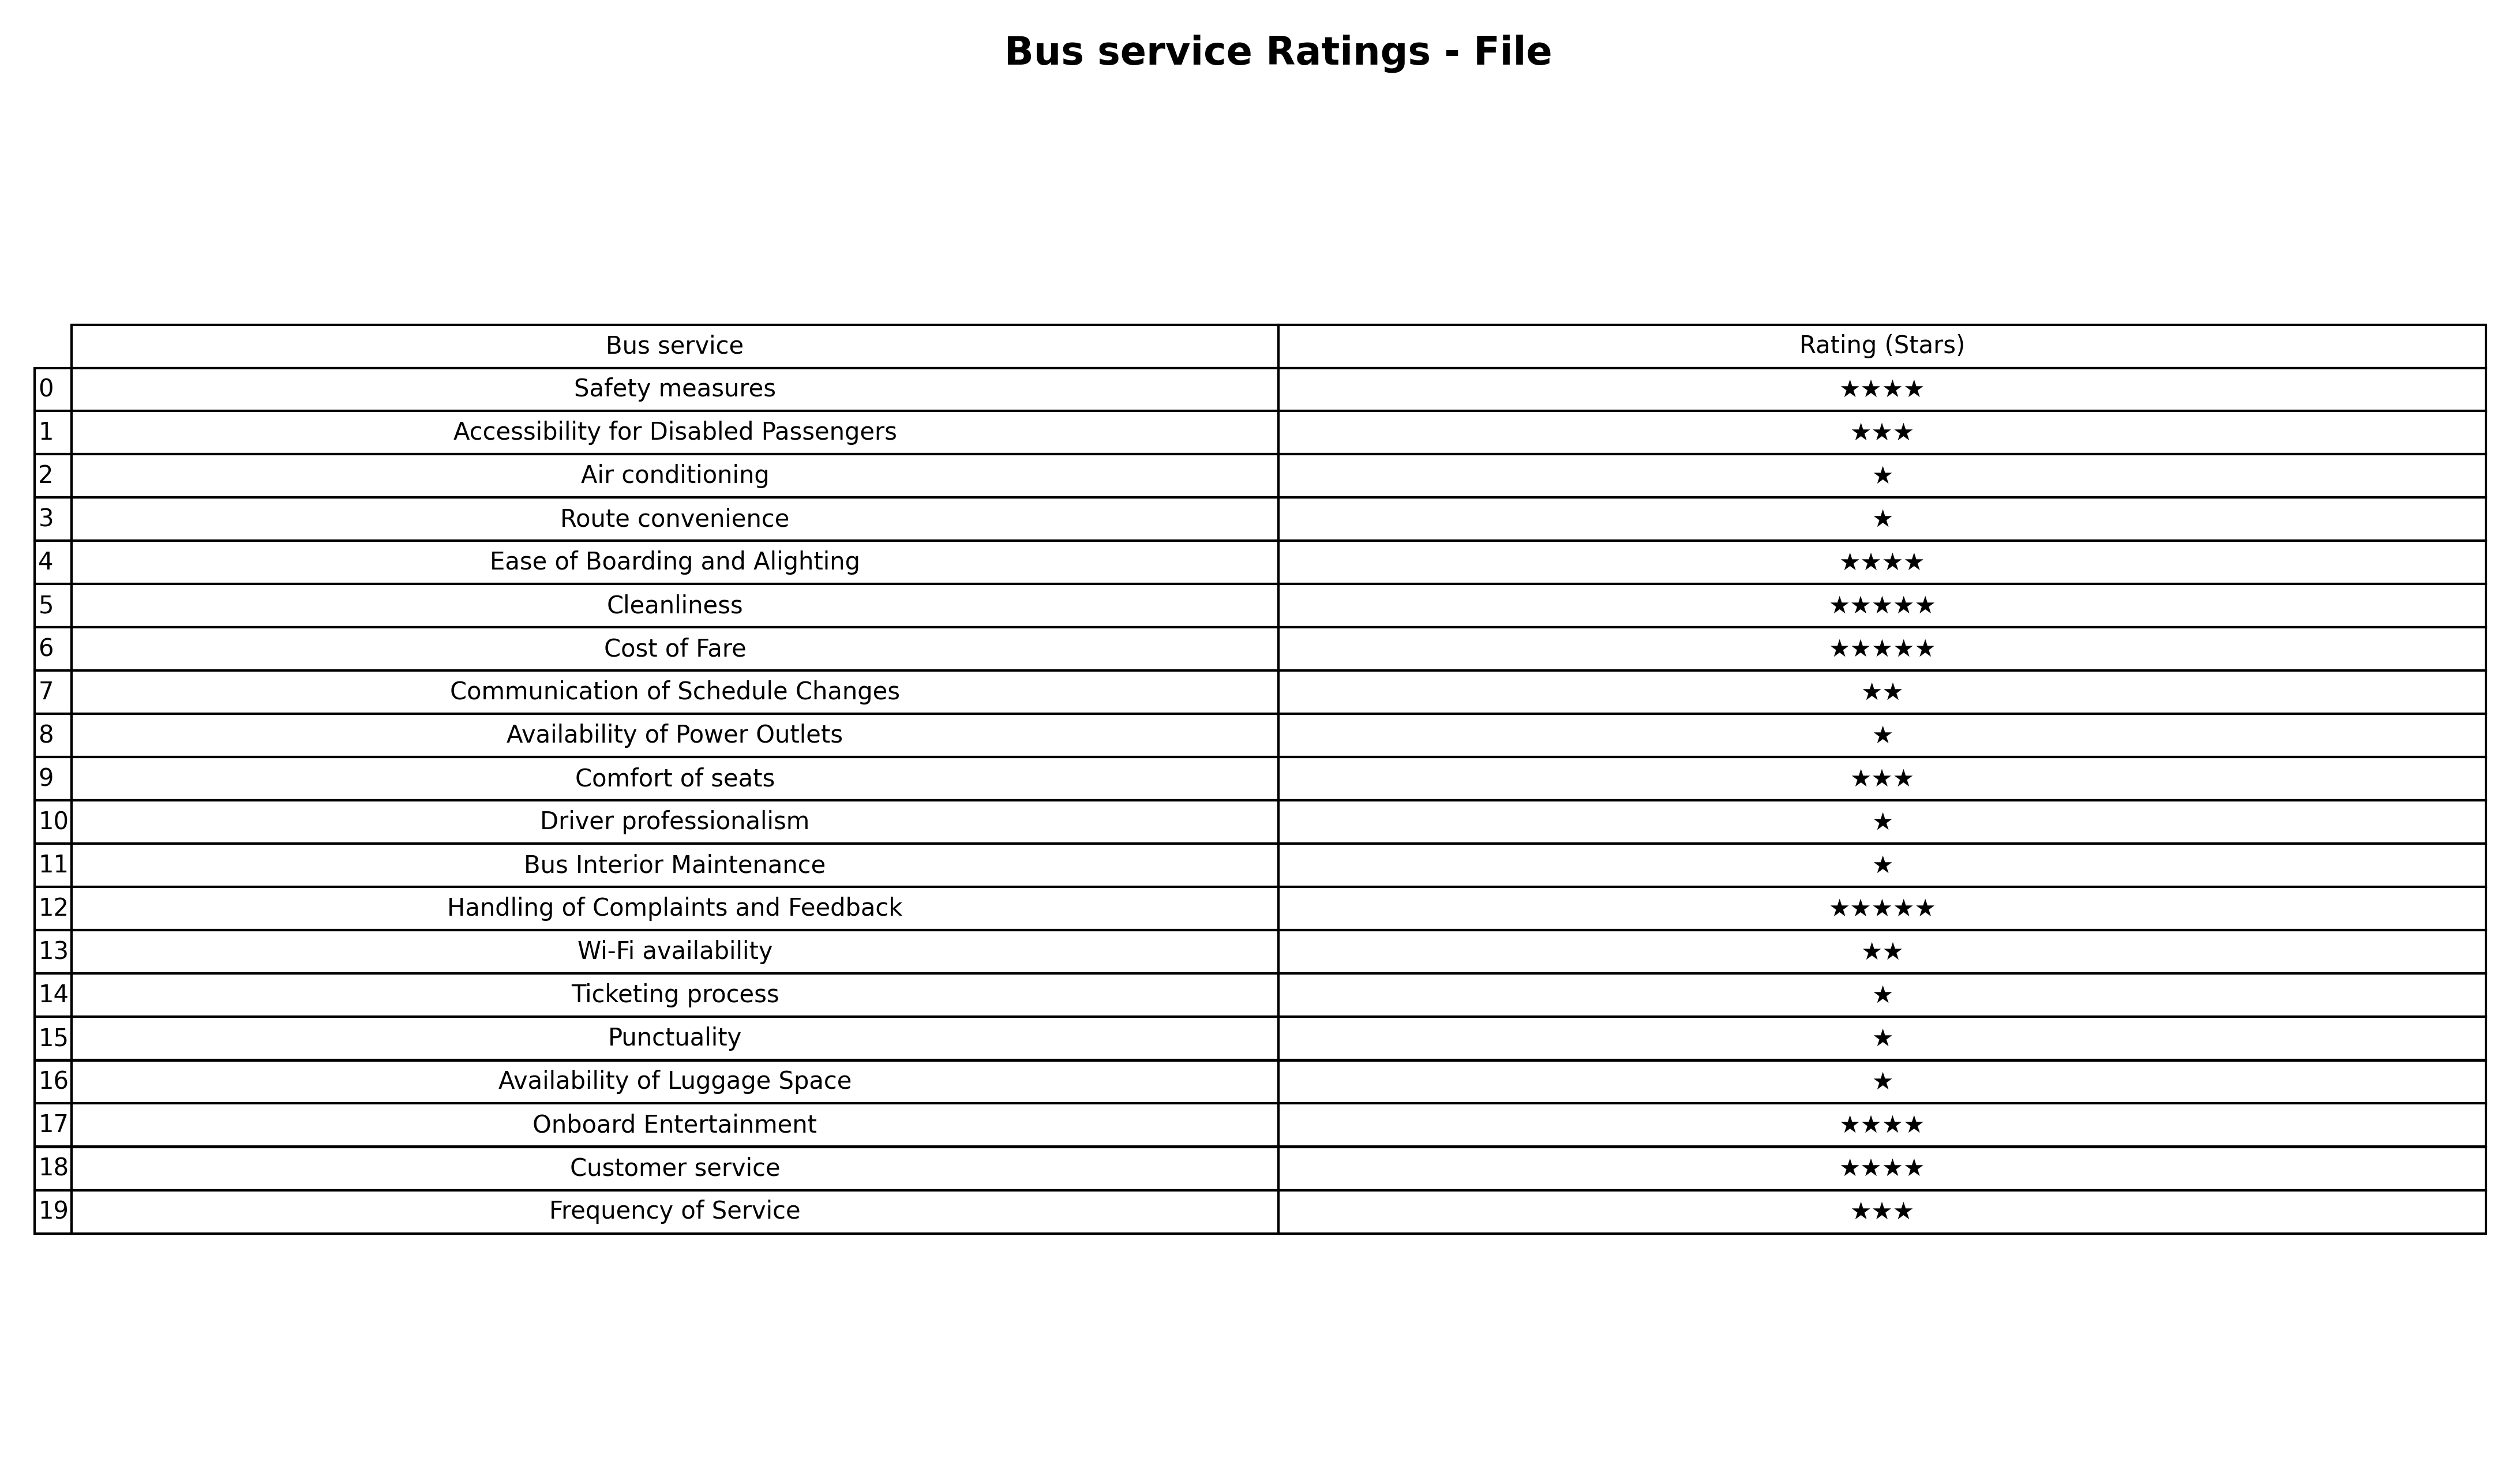
question: What is the rating of Wi-Fi availability?
answer: ★★